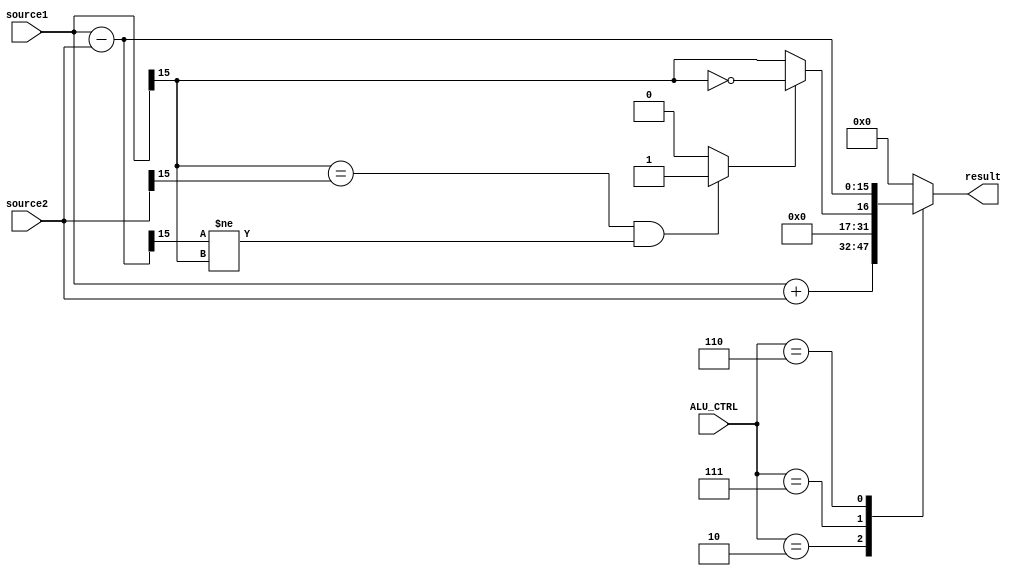
`timescale 1ns / 1ps

module ALU( source1,source2,ALU_CTRL,result);
    input [15:0] source1;
    input [15:0] source2;
    input [3:0] ALU_CTRL;
    output reg[15:0] result;  //should change to reg type
	 
	   /* add your design */   
    wire [15:0] sub_12;
    wire [15:0] add_12;
    wire oflow_add;
    wire oflow_sub;	
    wire oflow;	
    wire slt;

    
    assign sub_12 = source1 - source2;
    assign add_12 = source1 + source2;
	
    assign oflow_add = (source1[15] == source2[15] && add_12[15] != source1[15]) ? 1 : 0;    //????overflow
    assign oflow_sub = (source1[15] == source2[15] && sub_12[15] != source1[15]) ? 1 : 0;

	
    assign oflow = (ALU_CTRL == 4'b0010) ? oflow_add : oflow_sub;  //if add excute oflow_add

	
// set if less than, 2s compliment 15-bit numbers
	
    assign slt = oflow_sub ? ~(source1[15]) : source1[15]; //1

	
    always @(*) begin
		
    case (ALU_CTRL)
			
    4'd2:  result <= add_12;	//func=2	
    /* add */
			
    4'd7:  result <= {{15{1'b0}}, slt}; //func=7
    /* slt */
			
    4'd6:  result <= sub_12;	//funct=6			
    /* sub */
			
    default: result <= 0;
		
    endcase

    end
	
	

endmodule